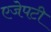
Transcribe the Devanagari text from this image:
एजेपटी